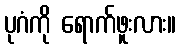
ပုဂံကို ရောက်ဖူးလား။